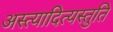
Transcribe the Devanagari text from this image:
अस्त्यादित्यस्तुति